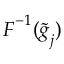
\boldsymbol { F } ^ { - 1 } ( \widetilde { \boldsymbol { g } } _ { j } )